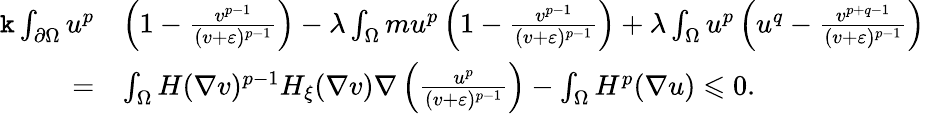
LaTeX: \begin{array}{rl}{\mathtt k\int_{\partial\Omega}u^{p}}&{\left(1-\frac{v^{p-1}}{(v+\varepsilon)^{p-1}}\right)-\lambda\int_{\Omega}mu^{p}\left(1-\frac{v^{p-1}}{(v+\varepsilon)^{p-1}}\right)+\lambda\int_{\Omega}u^{p}\left(u^{q}-\frac{v^{p+q-1}}{(v+\varepsilon)^{p-1}}\right)}\\ {=}&{\int_{\Omega}H(\nabla v)^{p-1}H_{\xi}(\nabla v)\nabla\left(\frac{u^{p}}{(v+\varepsilon)^{p-1}}\right)-\int_{\Omega}H^{p}(\nabla u)\leqslant 0.}\end{array}